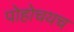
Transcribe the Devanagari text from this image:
पोहोचयच